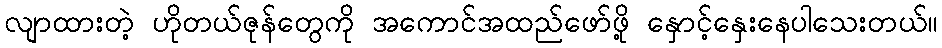
လျာထားတဲ့ ဟိုတယ်ဇုန်တွေကို အကောင်အထည်ဖော်ဖို့ နှောင့်နှေးနေပါသေးတယ်။